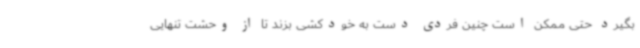
بگیرد حتی ممکن است چنین فردی دست به خودکشی بزند تا از وحشت تنهایی